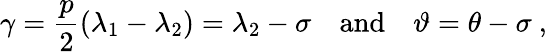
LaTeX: \gamma=\frac{p}{2}\left(\lambda_{1}-\lambda_{2}\right)=\lambda_{2}-\sigma\quad\mathrm{and}\quad\vartheta=\theta-\sigma\ ,